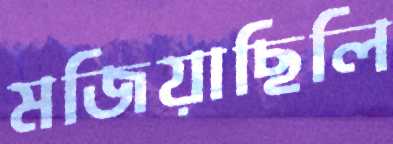
মজিয়াছিলি